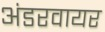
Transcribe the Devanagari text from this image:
अंडरवायर